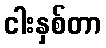
ငါးနှစ်တာ